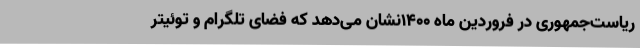
ریاست‌جمهوری در فروردین ماه ۱۴۰۰نشان می‌دهد که فضای تلگرام و توئیتر